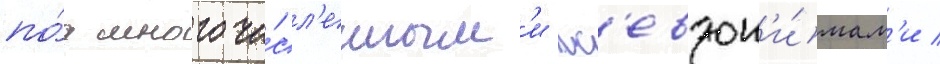
по́д многочи́сл'енным'и пс'евдон'и́мам'и /